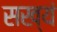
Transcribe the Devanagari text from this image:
सख्यं